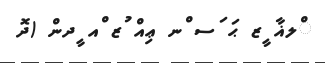
ްލޣާ ީޒ ޙަ ަސ ްނ ޢިއް ުޒ ްއ ީދން (ދޮ